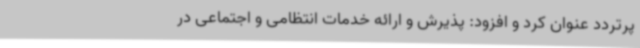
پرتردد عنوان کرد و افزود: پذیرش و ارائه خدمات انتظامی و اجتماعی در